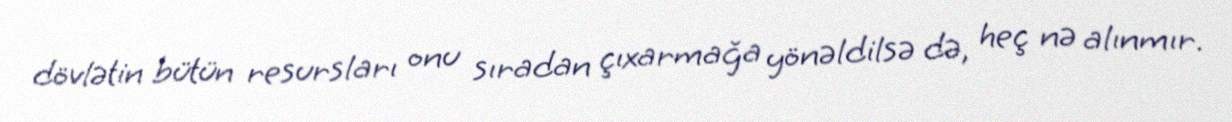
dövlətin bütün resursları onu sıradan çıxarmağa yönəldilsə də, heç nə alınmır.